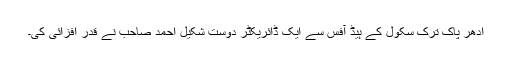
اِدھر پاک ترک سکول کے ہیڈ آفس سے ایک ڈائریکٹر دوست شکیل احمد صاحب نے قدر افزائی کی۔